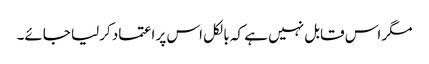
مگر اس قابل نہیں ہے کہ بالکل اس پر اعتماد کرلیا جائے۔